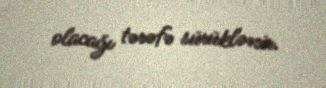
olacağı tərəfə sürüklənir.